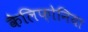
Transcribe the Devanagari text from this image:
कैलिफ़ोनिया